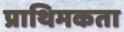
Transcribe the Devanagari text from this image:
प्राथिमकता